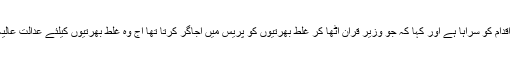
اجلاس نے الیکشن کمیشن کی بھرتیوں پر پابندی کے اقدام کو سراہا ہے اور کہا کہ جو وزیر قرآن اٹھا کر غلط بھرتیوں کو پریس میں اجاگر کرتا تھا آج وہ غلط بھرتیوں کیلئے عدالت عالیہ بلوچستان کی چوکھٹ پر خود حاضری دے رہا ہے۔